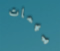
همهمات